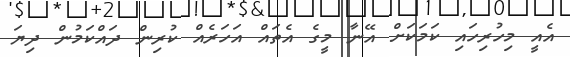
އެއީ މިހުރިހައި ކަމަކަށް އޭނާ މީގެ އެތައް އަހަރެއް ކުރިން ދައްކަމުން ދިޔަ